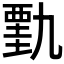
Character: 𰴋